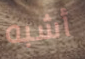
أشبه